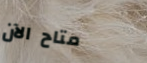
متاح الآن